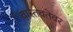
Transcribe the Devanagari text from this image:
वास्तवतेवर